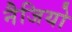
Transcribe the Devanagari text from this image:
नैजियो